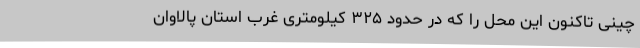
چینی تاکنون این محل را که در حدود ۳۲۵ کیلومتری غرب استان پالاوان